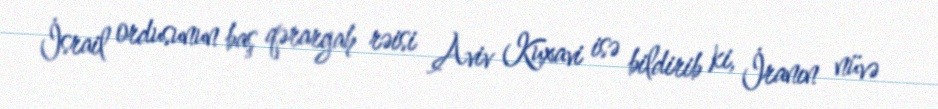
İsrail ordusunun baş qərargah rəisi Aviv Kuxavi isə bildirib ki, İranın nüvə